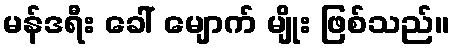
မန်ဒရီး ခေါ် မျောက် မျိုး ဖြစ်သည်။